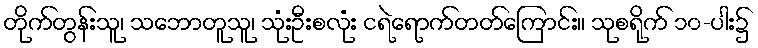
တိုက်တွန်းသူ၊ သဘောတူသူ၊ သုံးဦးစလုံး ငရဲရောက်တတ်ကြောင်း။ သုစရိုက် ၁၀-ပါး၌